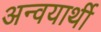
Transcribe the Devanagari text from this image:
अन्वयार्थी